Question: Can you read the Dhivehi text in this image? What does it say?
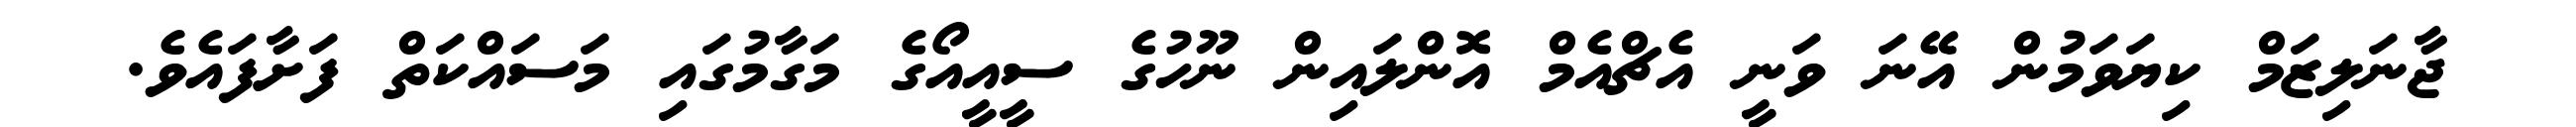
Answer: ޖާނަލިޒަމް ކިޔަވަމުން އޭނަ ވަނީ އެޗްއެމް އޮންލައިން ނޫހުގެ ސީއީއޯގެ މަގާމުގައި މަސައްކަތް ފަށާފައެވެ.